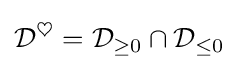
{\mathcal {D}}^{\heartsuit }={\mathcal {D}}_{\geq 0}\cap {\mathcal {D}}_{\leq 0}